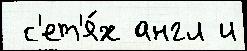
 с'ет'я́х англ и